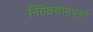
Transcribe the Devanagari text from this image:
निरीक्षणांमधूनही